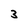
Character: 3